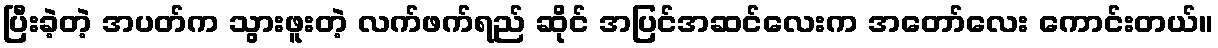
ပြီးခဲ့တဲ့ အပတ်က သွားဖူးတဲ့ လက်ဖက်ရည် ဆိုင် အပြင်အဆင်လေးက အတော်လေး ကောင်းတယ်။